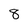
Character: 8